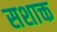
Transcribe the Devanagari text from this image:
सशाक्त